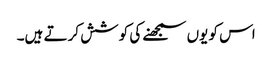
اس کو یوں سمجھنے کی کوشش کرتے ہیں۔